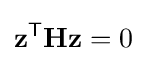
\mathbf {z} ^{\mathsf {T}}\mathbf {H} \mathbf {z} =0